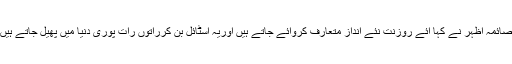
صائمہ اظہر نے کہا آئے روزنت نئے انداز متعارف کروائے جاتے ہیں اوریہ اسٹائل بن کرراتوں رات پوری دنیا میں پھیل جاتے ہیں۔